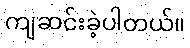
ကျဆင်းခဲ့ပါတယ်။